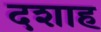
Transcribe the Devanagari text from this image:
दशाह